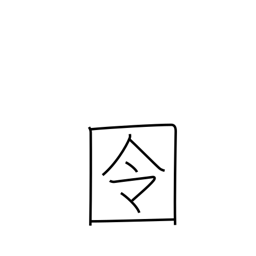
Meaning: prison